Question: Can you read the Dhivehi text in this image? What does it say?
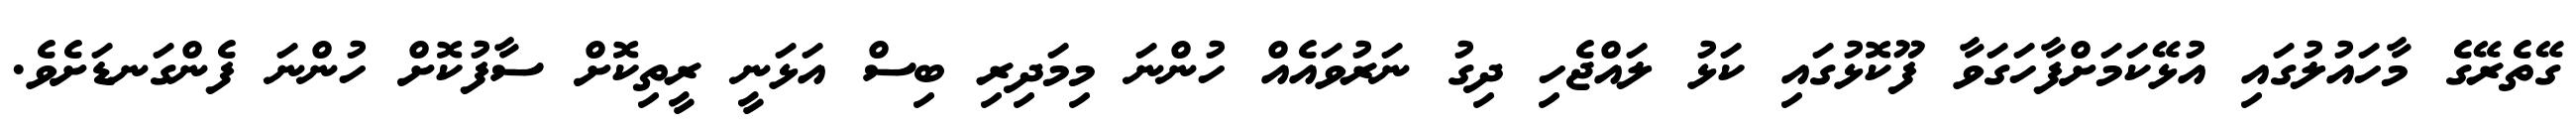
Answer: ގޭތެރޭގެ މާހައުލުގައި އުޅޭކަމަށްފާހަގަވާ ފޫކޮޅުގައި ކަޅު ލައްޖެހި ދިގު ނަރުވައެއް ހުންނަ މިމަދިރި ބިސް އަޅަނީ ރީތިކޮށް ސާފުކޮށް ހުންނަ ފެންގަނޑަށެވެ.